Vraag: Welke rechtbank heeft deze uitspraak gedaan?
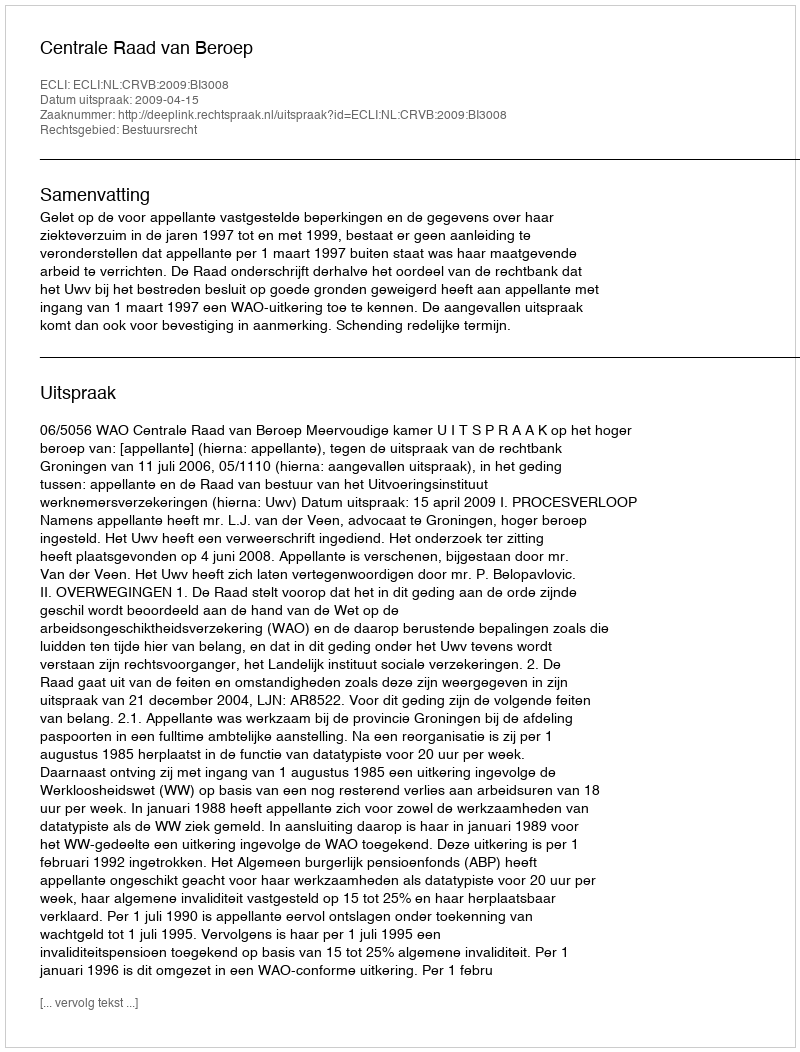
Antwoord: Centrale Raad van Beroep